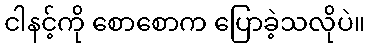
ငါနင့်ကို စောစောက ပြောခဲ့သလိုပဲ။